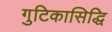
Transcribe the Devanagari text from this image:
गुटिकासिद्धि